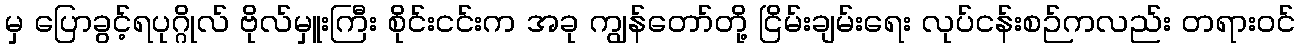
မှ ပြောခွင့်ရပုဂ္ဂိုလ် ဗိုလ်မှူးကြီး စိုင်းငင်းက အခု ကျွန်တော်တို့ ငြိမ်းချမ်းရေး လုပ်ငန်းစဉ်ကလည်း တရားဝင်